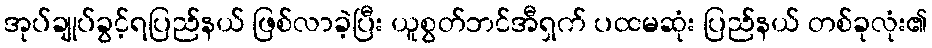
အုပ်ချုပ်ခွင့်ရပြည်နယ် ဖြစ်လာခဲ့ပြီး ယူစွတ်ဘင်အီရှက် ပထမဆုံး ပြည်နယ် တစ်ခုလုံး၏